Jaan_Tonisson_(Lasteleht), lk 364
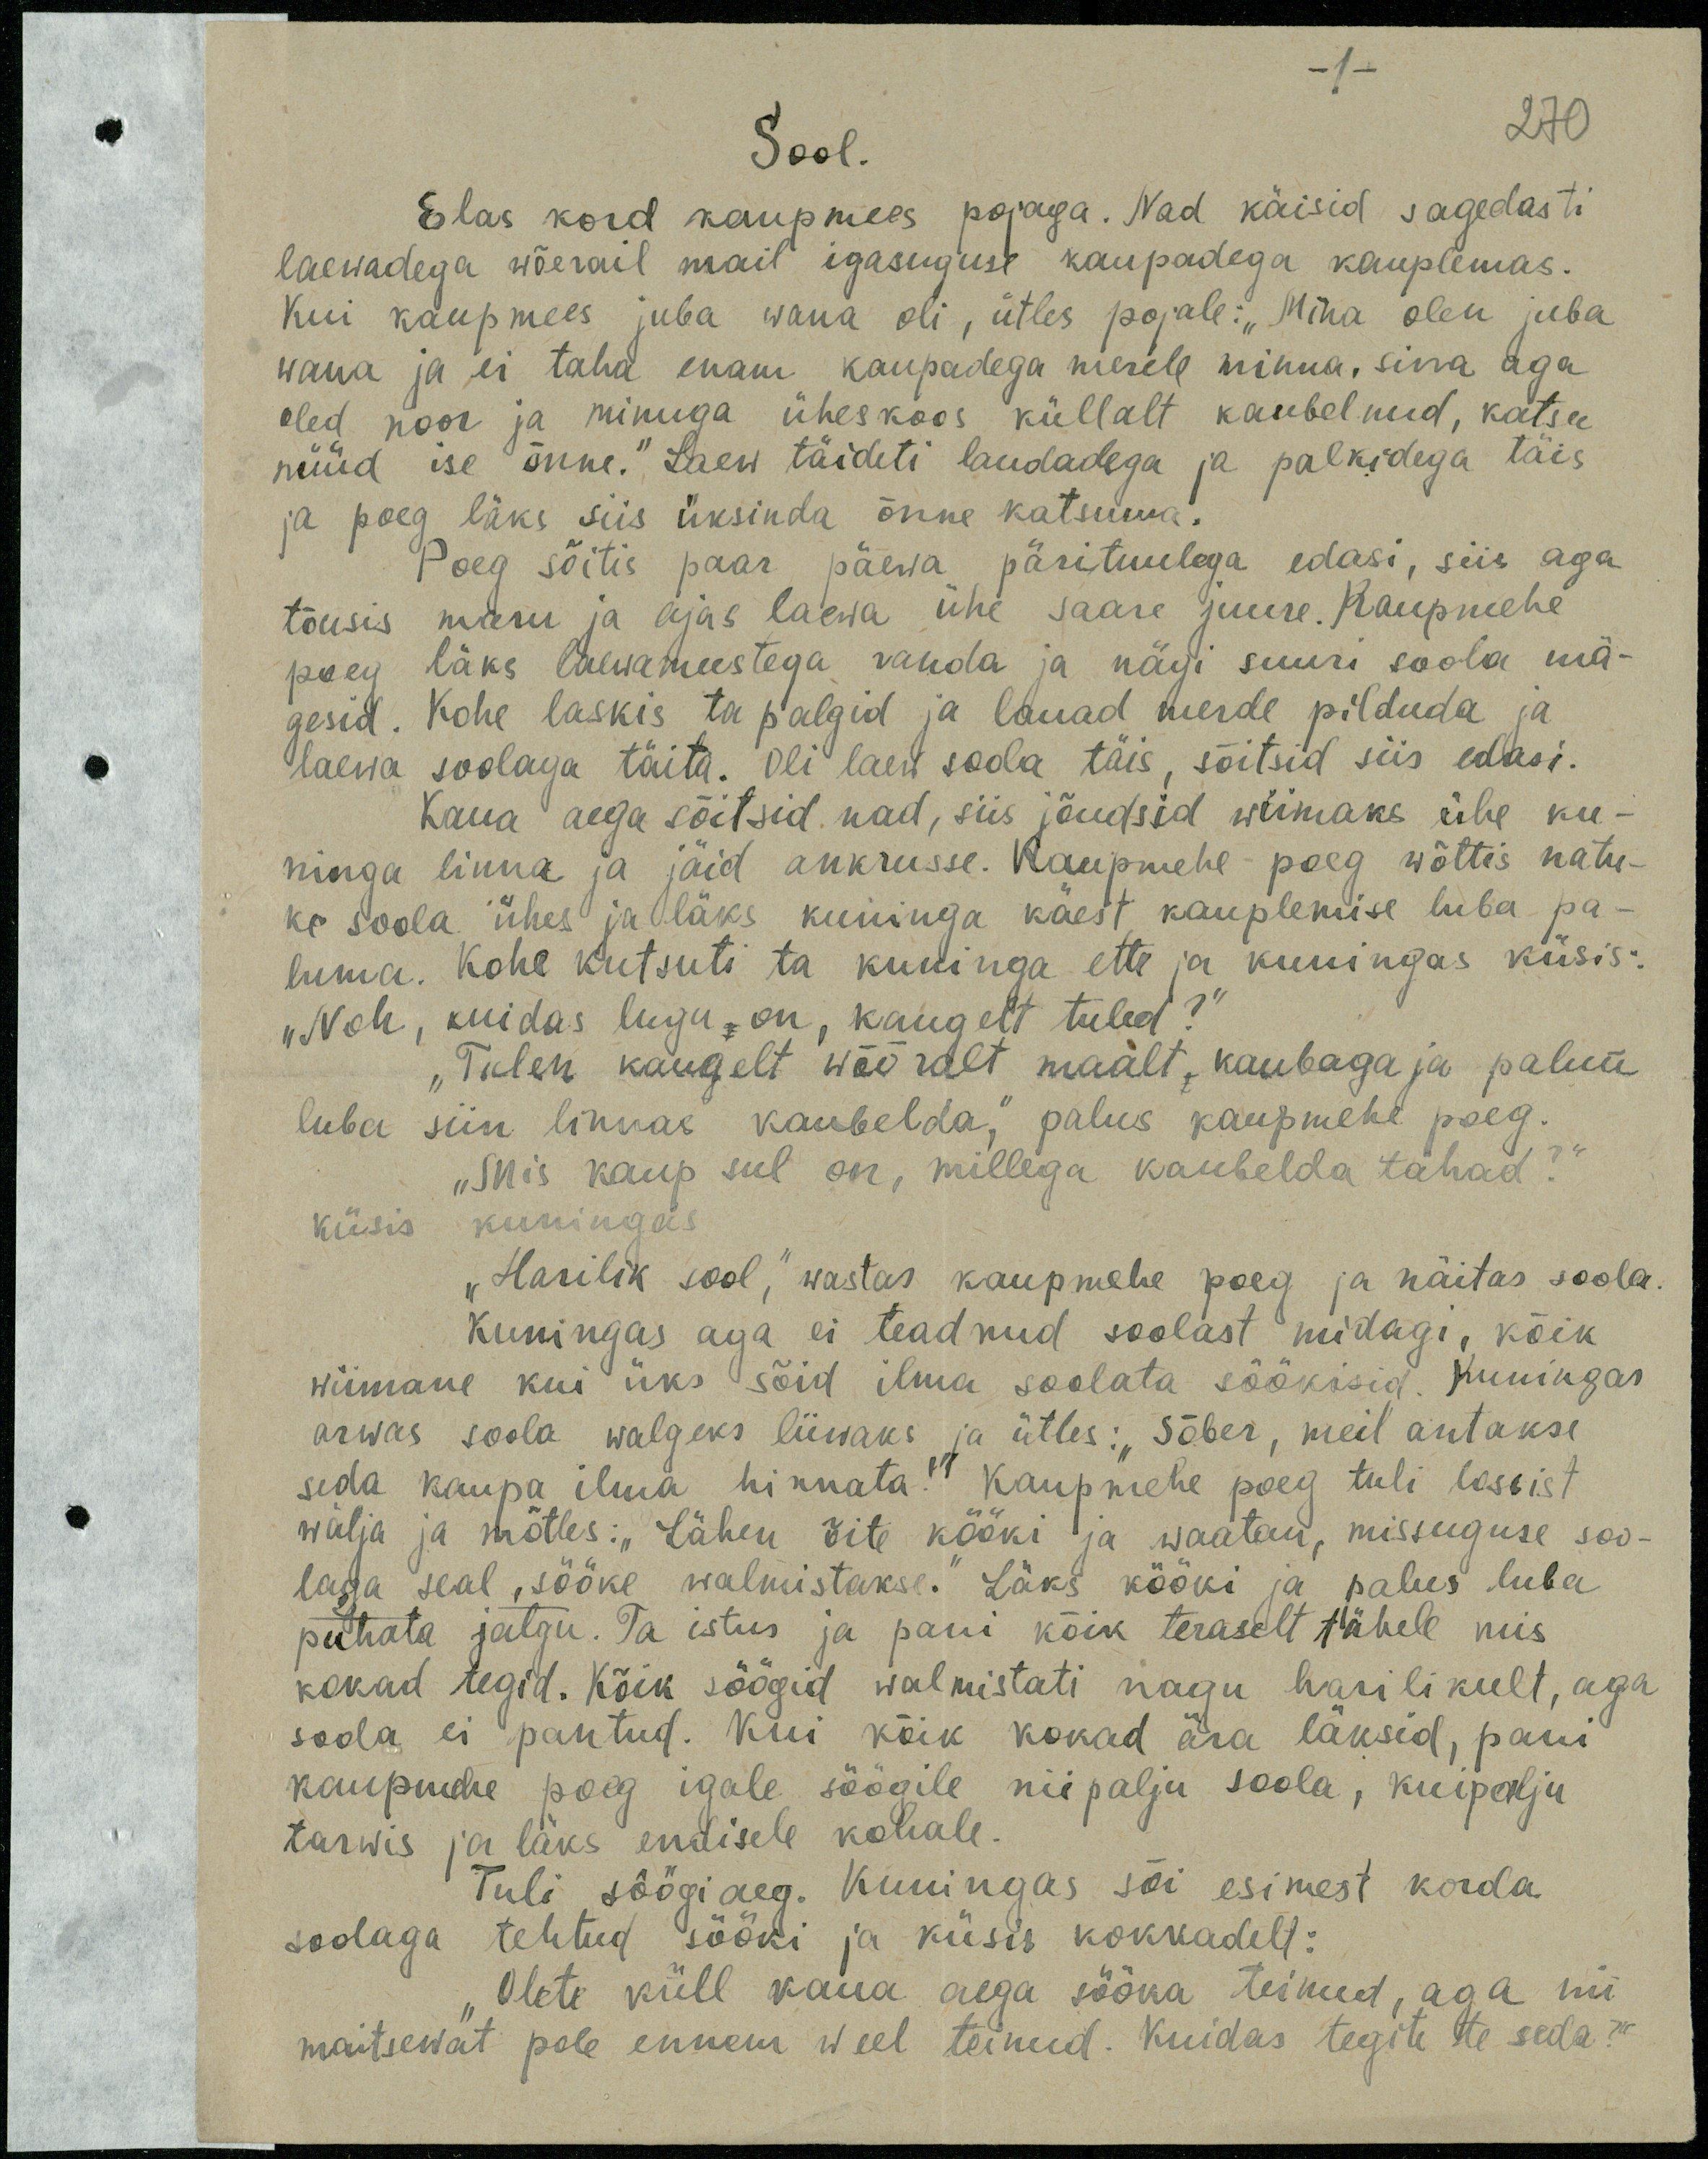
- 1-

Sool.
270
Elas kord kaupmees pojaga. Nad käisid sagedasti
laewadega wõerail mail igasuguse kaupadega kauplemas.
Kui kaupmees juba wana oli, ütles pojale: "Mina olen juba
wana ja ei taha enam kaupadega merele ninna, sinna aga
oled noor ja minuga üheskoos küllalt kaubelnud, katsu
nüüd ise õnne." Laew täideti laudadega ja palkidega täis
ja poeg läks siis üksinda õnne katsuma.
Poeg sõitis paar päewa pärituulega edasi, siis aga
tõusis maru ja ajas laewa ühe saare juure. Kaupmehe
poeg läks laewameestega randa ja nägi suuri soola mä-
gesid. Kohe laskis ta palgid ja lauad merde pilduda ja
laewa soolaga täita. Oli laew soola täis, sõitsid siis edasi.
Kaua aega sõitsid nad, siis jõudsid wiimaks ühe ku-
ninga linna ja jäid ankrusse. Kaupmehe poeg wõttis natu-
ke soola ühes ja läks kuninga käest kauplemise luba pa-
luma. Kohe kutsuti ta kuninga ette ja kuningas küsis:
"Noh, kuidas lugu on, kaugelt tuled?"
"Tulin kaugelt wõõralt maalt, kaubaga ja palun
luba siin linnas kaubelda," palus kaupmehe poeg.
„Mis kaup sul on, millega kaubelda tahad?“
küsis kuningas.
"Harilik sool,“ wastas kaupmehe poeg ja näitas soola.
kuningas aga ei teadnud soolast midagi, kõik
wiimane kui üks sõid ilma soolata söökisid. Kuningas
arwas soola walgeks liivaks ja ütles: "Sõber, meil antakse
seda kaupa ilma hinnata." Kaupmehe poeg tuli lossist
wälja ja mõtles: "Lähen õite kööki ja waatan, missuguse soo-
laga seal, sööke walmistakse. Läks kööki ja palus luba
puhata jalgu. Ta istus ja pani kõik teraselt tähele mis
kokad tegid. Kõik söögid walmistati nagu harilikult, aga
soola ei pantud. Kui kõik kokad ära läksid, pani
kaupmehe poeg igale söögile niipalju soola, kuipalju
tarwis ja läks endisele kohale.
Tuli söögiaeg. Kuningas sõi esimest korda
soolaga tehtud sööki ja küsis kokkadelt:
Olete küll kaua aega sööka teinud, aga nii
maitsewat pole ennem weel teinud. Kuidas tegite te seda?"